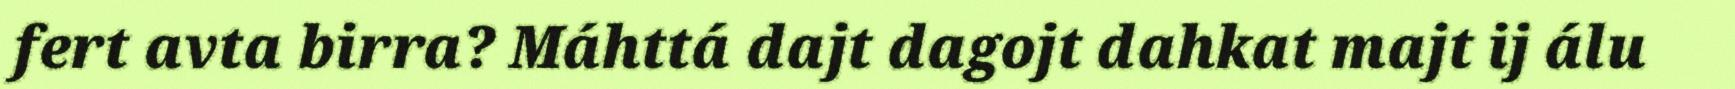
fert avta birra? Máhttá dajt dagojt dahkat majt ij álu